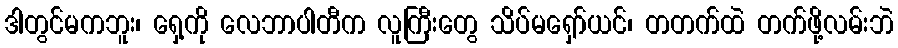
ဒါတွင်မကဘူး၊ ရှေ့ကို လေဘာပါတီက လူကြီးတွေ သိပ်မရှော်ယင်၊ တတက်ထဲ တက်ဖို့လမ်းဘဲ